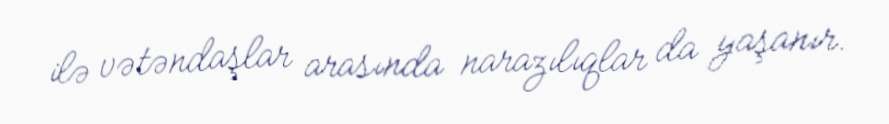
ilə vətəndaşlar arasında narazılıqlar da yaşanır.